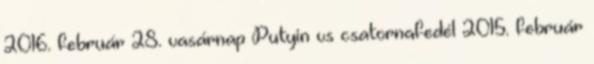
2016. február 28. vasárnap Putyin vs csatornafedél 2015. február